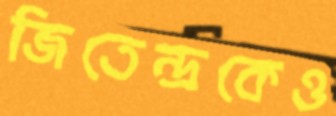
জিতেন্দ্রকেও